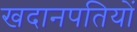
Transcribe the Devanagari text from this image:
खदानपतियों